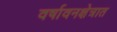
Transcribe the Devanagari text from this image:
वर्षावनक्षेत्रात